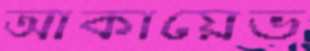
আকায়েভ